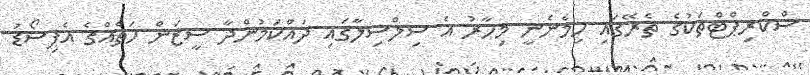
ސްކްރިޕްޓްތަކުގެ ތެރޭގައި ހިމެނެނީ މިހާރު އެ ސިލްސިލާގައި ދައްކަމުންދާ ސީޒަން ހަތެއްގެ އެޕިސޯޑު